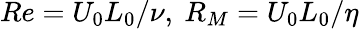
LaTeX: Re=U_{0}L_{0}/\nu,\ R_{M}=U_{0}L_{0}/\eta